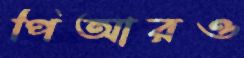
পিআরও